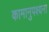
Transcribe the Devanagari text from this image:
कामानुपश्यना